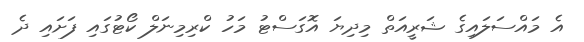
އެ މައްސަލައިގެ ޝަރީއަތް މިދިޔަ އޮގަސްޓު މަހު ކްރިމިނަލް ކޯޓުގައި ފަށައި ދެ